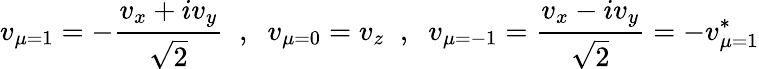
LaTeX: v_{\mu=1}=-\frac{v_{x}+iv_{y}}{\sqrt{2}}\; \; ,\; \; v_{\mu=0}=v_{z}\; \; ,\; \; v_{\mu=-1}=\frac{v_{x}-iv_{y}}{\sqrt{2}}=-v_{\mu=1}^{*}